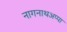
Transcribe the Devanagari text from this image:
नागनाथअप्पा